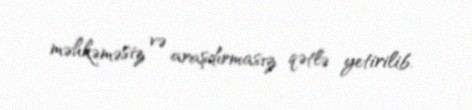
məhkəməsiz və araşdırmasız qətlə yetirilib.